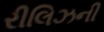
રીલિઝની